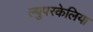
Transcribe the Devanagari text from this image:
ल्युपरकेलिया